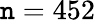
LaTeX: \mathtt{n}=452